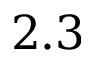
2 . 3